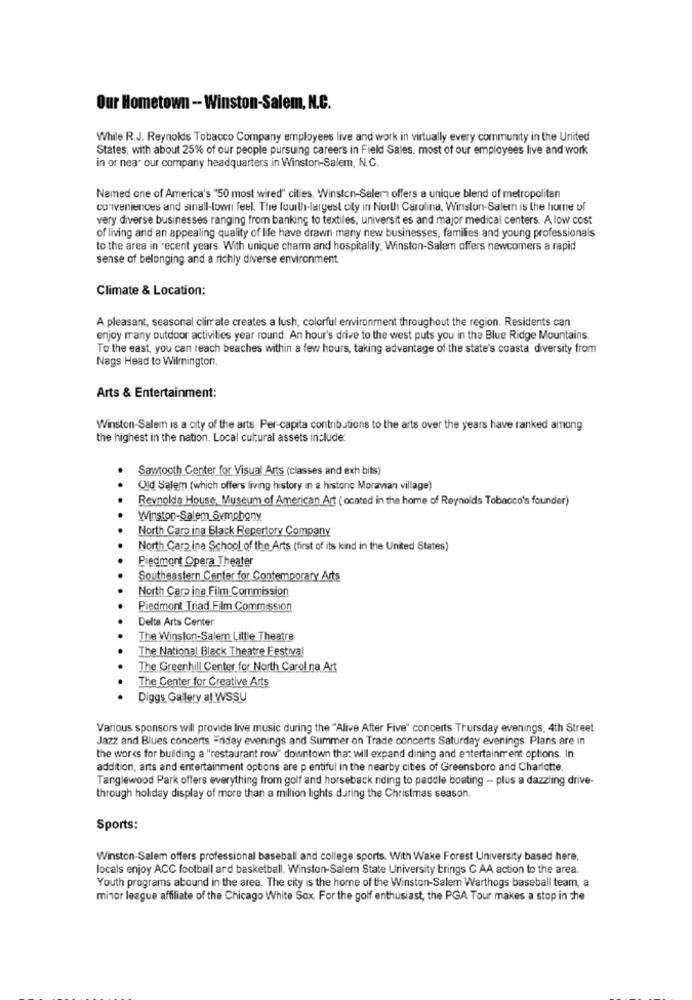
Our Hometown - Winston-Salem, N.C.
While R.J. Reynolds Tobacco Company employees live and work in virtually every community in the United
States, with about 25% of our people pursuing careers in Field Sales, most of our employees live and work
in or near our company headquarters in Winston-Salem, N.C.
Named one of America's "50 most wired" cities, Winston-Salem offers a unique blend of metropolitan
conveniences and sinall-lown feel. The fourth-largest city in North Carolina, Winston-Salem is the home of
very diverse businesses ranging from banking to textiles, universit es and major medical centers. A low cost
of living and an appealing quality of life have drawn many new businesses, families and young professionals
to the area in recent years. With unique charm and hospitality, Winston-Salem offers newcomers a rapid
sense of belonging and a richly diverse environment
Climate & Location:
A pleasant, seasonal climate creates a lush, colorful environment throughout the region. Residents can
enjoy many outdoor activities year round. An hour's drive to the west puts you in the Blue Ridge Mountains.
To the east, you can reach beaches within a few hours, taking advantage of the state's coasta diversity from
Nags Head to Wilmington.
Arts & Entertainment:
Winston-Salem is a city of the arts Per-capita contributions to the arts over the years have ranked among
the highest in the nation. Local cultural assets include
Sawtooth Center for Visual Arts (classes and exh bits)
Qld Salem (which offers living history in a historic Moravian village)
Reynolda House, Museum of American Art ( ocated in the home of Reynolds Tobacco's founder)
Winston-Salem Symphony
North Carp ina Black Repertory Company
North Camp ina School of the Arts (first of its kind in the United States)
Piedmont Opera Theater
Southeastern Center for Contemporary Arts
North Caro ina Film Commission
Piedmont Triad Film Commission
Delta Arts Center
The Winston-Salem Little Theatre
The National Black Theatre Festival
The Greenhill Center for North Carol na Art
The Center for Creative Arts
Diggs Gallery at WSSU
Various sponsors will provide live music during the "Alive After Five" concerts Thursday evenings, 4th Street
Jazz and Blues concerts Friday evenings and Summer on Trade concerts Saturday evenings. Plans are in
the works for building a "restaurant row" downtown that will expand dining and entertainment options. In
addition, arts and entertainment options are p entiful in the nearby cities of Greensboro and Charlotte.
Tanglewood Park offers everything from golf and horseback riding to paddle boating -- plus a dazzling drive-
through holiday display of more than a million lights during the Christmas season.
Sports:
Winston-Salem offers professional baseball and college sports. With Wake Forest University based here,
locals enjoy ACC football ard basketball. Winston-Salem State University brings C AA action to the area.
Youth programs abound in the area. The city is the home of the Winston-Salem Warthogs baseball team, a
minor league affiliate of the Chicago White Sox. For the golf enthusiast, the PGA Tour makes a stop in the